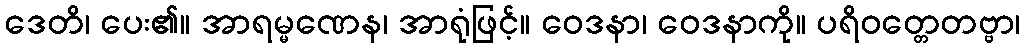
ဒေတိ၊ ပေး၏။ အာရမ္မဏေန၊ အာရုံဖြင့်။ ဝေဒနာ၊ ဝေဒနာကို။ ပရိဝတ္တေတဗ္ဗာ၊